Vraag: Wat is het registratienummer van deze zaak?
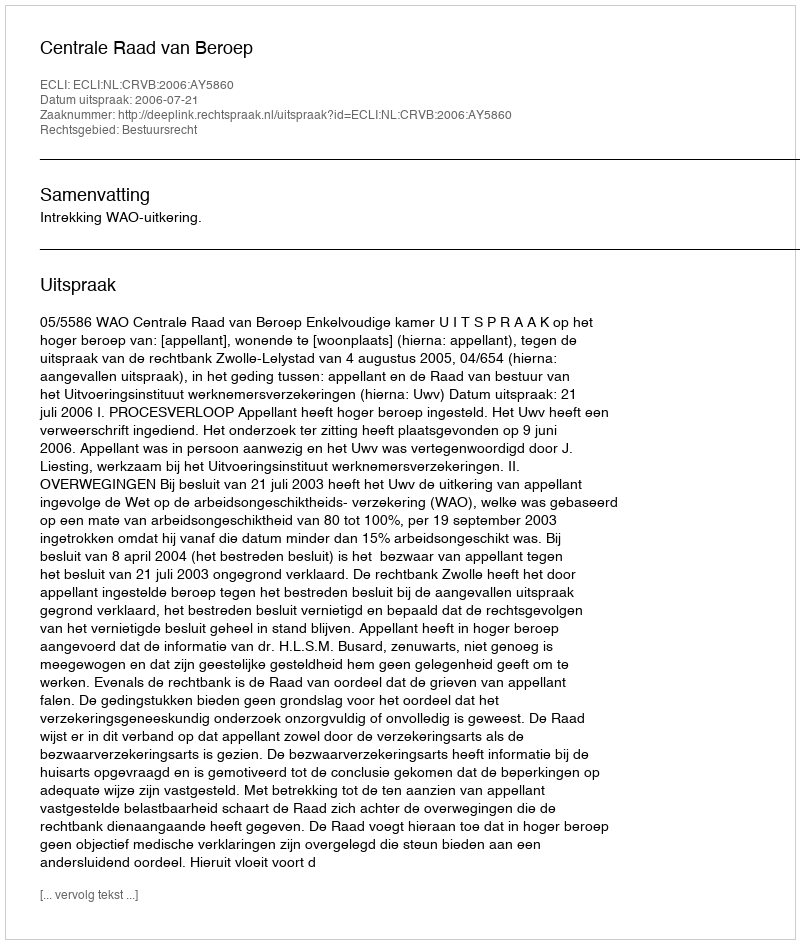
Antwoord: http://deeplink.rechtspraak.nl/uitspraak?id=ECLI:NL:CRVB:2006:AY5860